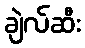
ချဲလ်ဆီး